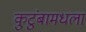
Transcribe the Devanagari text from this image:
कुटुंबामधला